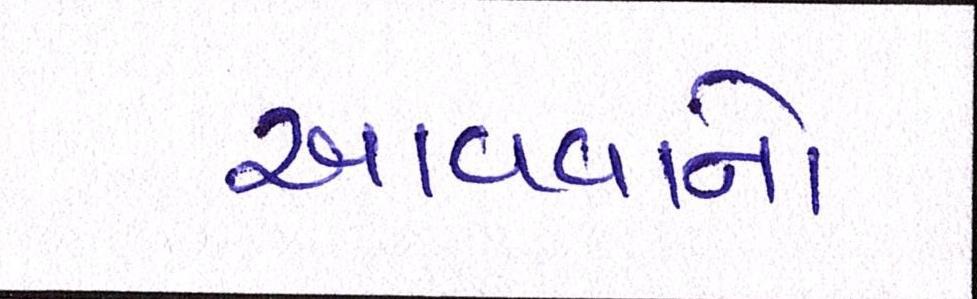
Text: આવવાને